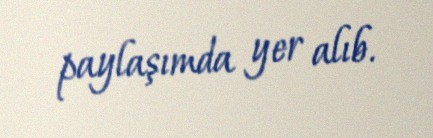
paylaşımda yer alıb.